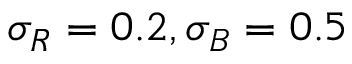
\sigma _ { R } = 0 . 2 , \sigma _ { B } = 0 . 5